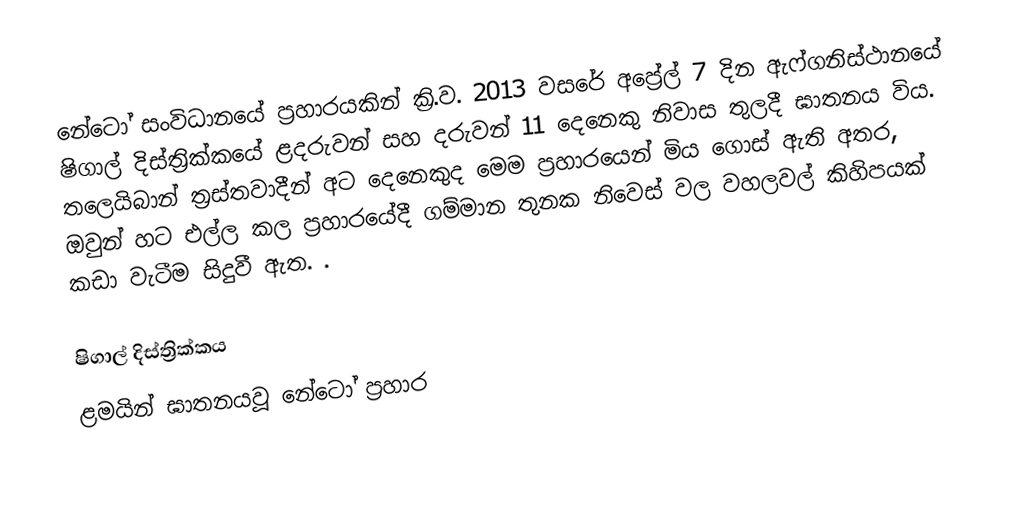
නේටෝ සංවිධානයේ ප්‍රහාරයකින් ක්‍රි.ව. 2013 වසරේ අප්‍රේල් 7 දින ඇෆ්ගනිස්ථානයේ ෂිගාල් දිස්ත්‍රික්කයේ ළදරුවන් සහ දරුවන් 11 දෙනෙකු නිවාස තුලදී ඝාතනය විය. තලෙයිබාන් ත්‍රස්තවාදීන් අට දෙනෙකුද මෙම ප්‍රහාරයෙන් මිය ගොස් ඇති අතර, ඔවුන් හට එල්ල කල ප්‍රහාරයේදී  ගම්මාන තුනක නිවෙස් වල වහලවල් කිහිපයක් කඩා වැටීම සිදුවී ඇත. .

ෂිගාල් දිස්ත්‍රික්කය
ළමයින් ඝාතනයවූ නේටෝ ප්‍රහාර